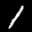
Label: 1